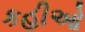
કહીઓ